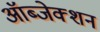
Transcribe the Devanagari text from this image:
ऑब्जेक्शन